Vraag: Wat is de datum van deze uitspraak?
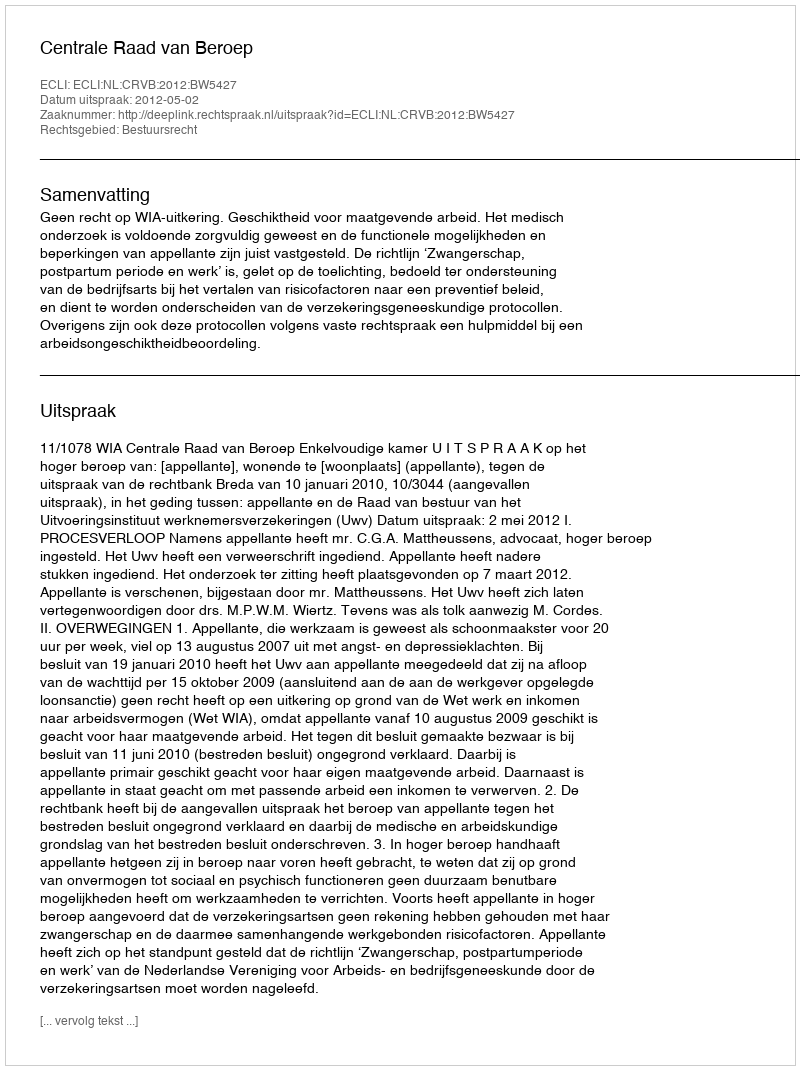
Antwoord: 2012-05-02